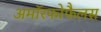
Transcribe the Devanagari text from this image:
अमॉरफोफैलस